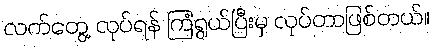
လက်တွေ့ လုပ်ရန် ကြံရွယ်ပြီးမှ လုပ်တာဖြစ်တယ်။